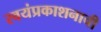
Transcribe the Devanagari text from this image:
स्वयंप्रकाशनाची